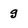
Character: g